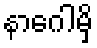
နာဂေါမှိ